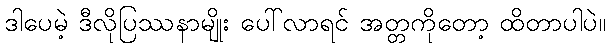
ဒါပေမဲ့ ဒီလိုပြဿနာမျိုး ပေါ်လာရင် အတ္တကိုတော့ ထိတာပါပဲ။